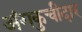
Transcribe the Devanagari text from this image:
अंगकुचीदार